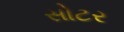
સોટર